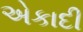
એકાદી